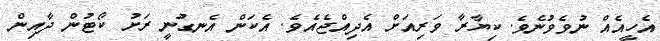
އެހީއެއް ނުވެވުނެވެ. ކިޔާރާ ވަރިއަށް އެދިއްޖެއެވެ. އެކަން އެނގުނީ ރަށު ކޯޓުން ދާއިން